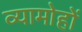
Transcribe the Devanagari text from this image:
व्यामोहों